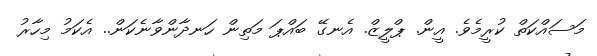
މަސައްކަތް ކުރީމެވެ. އީން. ޕްލީޒް. އެނގޭ ބައްޕަ މަތިން ހަނދާންވާނެކަން.. އެކަމު މިހާރު